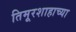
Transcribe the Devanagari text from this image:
तिमूरशाहाच्या